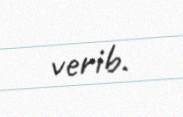
verib.